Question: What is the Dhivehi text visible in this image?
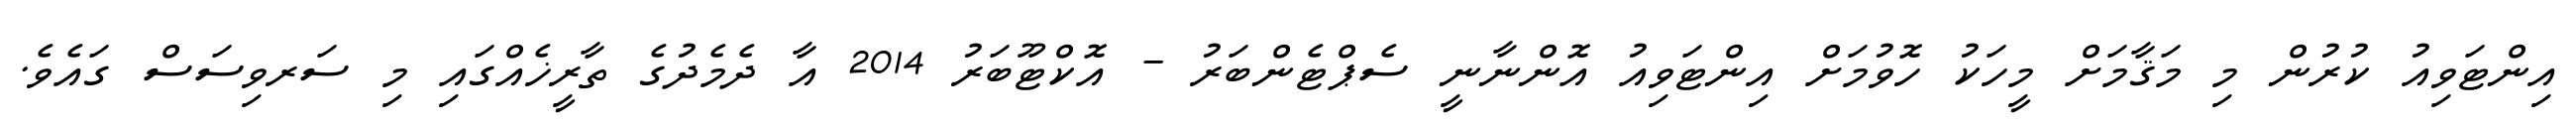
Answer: އިންޓަވިއު ކުރުން މި މަޤާމަށް މީހަކު ހޮވުމަށް އިންޓަވިއު އޮންނާނީ ސެޕްޓެންބަރު - އޮކްޓޫބަރު 2014 އާ ދެމެދުގެ ތާރީޚެއްގައި މި ސަރވިސަސް ގައެވެ.